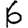
Digit: 6